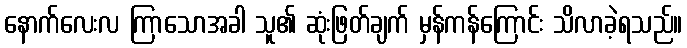
နောက်လေးလ ကြာသောအခါ သူ၏ ဆုံးဖြတ်ချက် မှန်ကန်ကြောင်း သိလာခဲ့ရသည်။